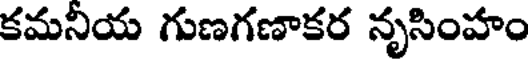
కమనియ గుణగణాకర నృసింహం